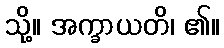
သို့။ အက္ခာယတိ၊ ၏။